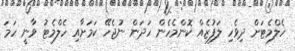
ހެލްމެޓަށް ދިވެހި ލަފުޒެއް ކޮންމެހެން ހަދަން ނުޖެހޭ ކަމަށާއި ހެލްމެޓު ވާނީ ހަމަ